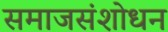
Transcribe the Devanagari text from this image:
समाजसंशोधन